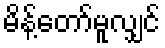
မိန့်တော်မူလျှင်